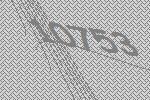
10753